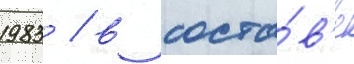
1983 / в соста́в'е